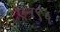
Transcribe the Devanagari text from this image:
एन९५